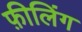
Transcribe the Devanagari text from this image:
फ़ीलिंग